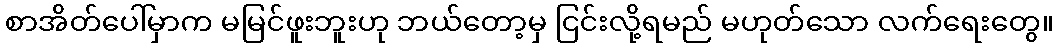
စာအိတ်ပေါ်မှာက မမြင်ဖူးဘူးဟု ဘယ်တော့မှ ငြင်းလို့ရမည် မဟုတ်သော လက်ရေးတွေ။